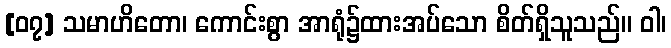
[၀၇] သမာဟိတော၊ ကောင်းစွာ အာရုံ၌ထားအပ်သော စိတ်ရှိသူသည်။ ဝါ၊